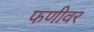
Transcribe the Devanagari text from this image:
फणीवर